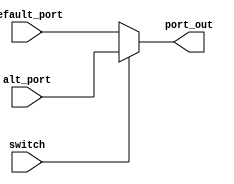
module sw_mux (
    port_out,
    default_port,
    alt_port,
    switch
);
  output port_out;
  input default_port;
  input alt_port;
  input switch;
  assign port_out = switch ? alt_port : default_port;
endmodule